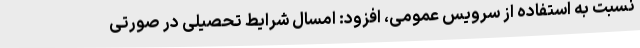
نسبت به استفاده از سرویس عمومی، افزود: امسال شرایط تحصیلی در صورتی